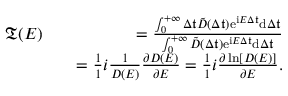
\begin{array} { r l r } { \mathfrak { T } ( E ) } & { } & { = \frac { \int _ { 0 } ^ { + \infty } { \Delta \mathfrak { t } } \tilde { D } ( \Delta \mathfrak { t } ) \mathrm { e } ^ { \mathrm { i } E \Delta \mathfrak { t } } \mathrm { d } { \Delta \mathfrak { t } } } { \int _ { 0 } ^ { + \infty } \tilde { D } ( \Delta \mathfrak { t } ) \mathrm { e } ^ { \mathrm { i } E \Delta \mathfrak { t } } \mathrm { d } { \Delta \mathfrak { t } } } } \\ & { } & { = \frac { 1 } { 1 } { i } \frac { 1 } { D ( E ) } \frac { \partial D ( E ) } { \partial E } = \frac { 1 } { 1 } { i } \frac { \partial \ln [ D ( E ) ] } { \partial E } . } \end{array}